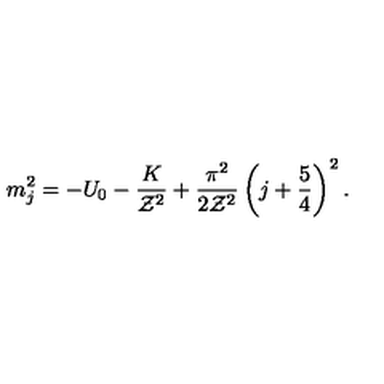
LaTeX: m _ { j } ^ { 2 } = - U _ { 0 } - { \frac { K } { { \cal Z } ^ { 2 } } } + { \frac { \pi ^ { 2 } } { 2 { \cal Z } ^ { 2 } } } \left( j + { \frac { 5 } { 4 } } \right) ^ { 2 } .